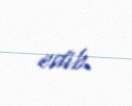
edib.